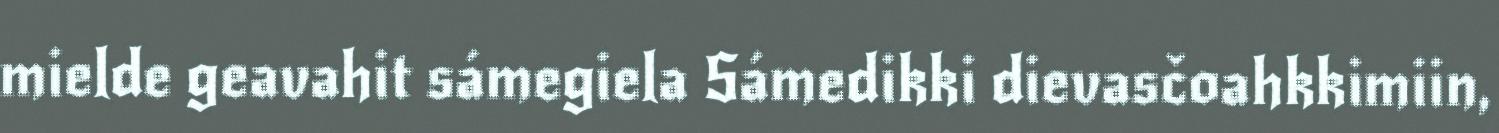
mielde geavahit sámegiela Sámedikki dievasčoahkkimiin,